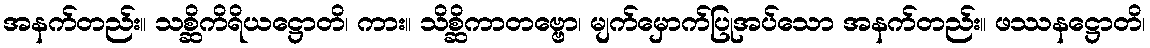
အနက်တည်း။ သစ္ဆိကိရိယဋ္ဌောတိ၊ ကား။ သိစ္ဆိကာတဗ္ဗော၊ မျက်မှောက်ပြုအပ်သော အနက်တည်း။ ဖဿနဋ္ဌောတိ၊